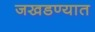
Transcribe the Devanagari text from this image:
जखडण्यात